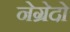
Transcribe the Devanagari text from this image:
नेग्रेदो